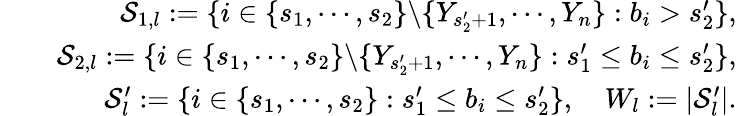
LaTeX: \begin{array}{rlr}&{}&{\mathcal{S}_{1,l}:=\{ i\in\{ s_{1},\cdots,s_{2}\} \backslash\{ Y_{s_{2}^{\prime}+1},\cdots,Y_{n}\} :b_{i}>s_{2}^{\prime}\} ,}\\ &{}&{\mathcal{S}_{2,l}:=\{ i\in\{ s_{1},\cdots,s_{2}\} \backslash\{ Y_{s_{2}^{\prime}+1},\cdots,Y_{n}\} :s_{1}^{\prime}\leq b_{i}\leq s_{2}^{\prime}\} ,}\\ &{}&{\mathcal{S}_{l}^{\prime}:=\{ i\in\{ s_{1},\cdots,s_{2}\} :s_{1}^{\prime}\leq b_{i}\leq s_{2}^{\prime}\} ,\quad W_{l}:=|\mathcal{S}_{l}^{\prime}|.}\end{array}